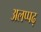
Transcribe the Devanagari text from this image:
अलप्पढ़